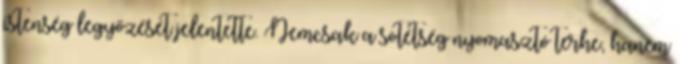
istenség legyőzését jelentette. Nemcsak a sötétség nyomasztó terhe, hanem